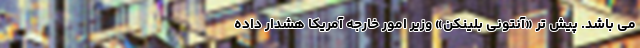
می باشد. پیش تر «آنتونی بلینکن» وزیر امور خارجه آمریکا هشدار داده